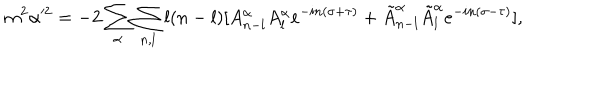
LaTeX: m ^ { 2 } \alpha ^ { 2 } = - 2 \sum _ { \alpha } \sum _ { n , l } l ( n - l ) [ A _ { n - l } ^ { \alpha } A _ { l } ^ { \alpha } e ^ { - i n ( \sigma + \tau ) } + \tilde { A } _ { n - l } ^ { \alpha } \tilde { A } _ { l } ^ { \alpha } e ^ { - i n ( \sigma - \tau ) } ] ,